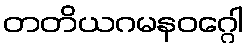
တတိယဂမနဝဂ္ဂေါ